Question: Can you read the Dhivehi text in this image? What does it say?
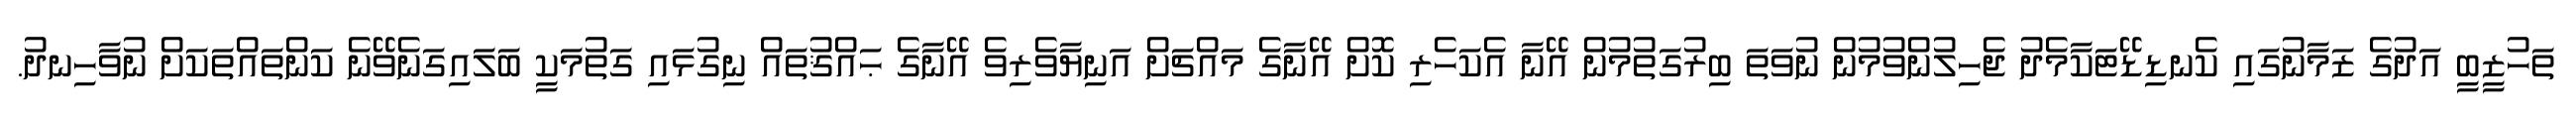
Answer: ތަހުޒީބީ އަދުގެ ޒަމާނުގައި ކެނޑިޑޭޓަކާމެދު ޖެހިލުންވުމުން ނުވަތަ ބިރުގަތުމުން އޭނާ އެކަހެރި ކޮށް އޭނާގެ މައްޗަށް އަނިޔާވެރިވެ އޭނާގެ ޙައްޤުތައް ނިގުޅައި ގަތުމަކީ ބަލައިގަނެވޭނެ ކަންތައްތަކަށް ނުވާހިނދު.